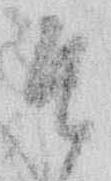
そ